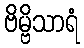
ဗိမ္ဗိသာရံ